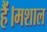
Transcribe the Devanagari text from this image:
हैं।मशाल